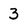
Character: 3